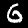
Digit: 6